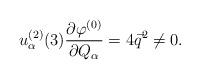
LaTeX: \begin{align*}u^{(2)}_\alpha(3) \frac{\partial\varphi^{(0)}}{\partial Q_\alpha}=4\vec q^2 \not =0.\end{align*}